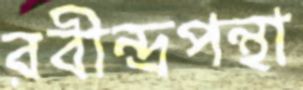
রবীন্দ্রপন্থা